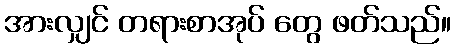
အားလျှင် တရားစာအုပ် တွေ ဖတ်သည်။